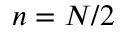
n = N / 2